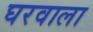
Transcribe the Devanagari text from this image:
घरवाला